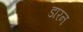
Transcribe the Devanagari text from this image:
डारन